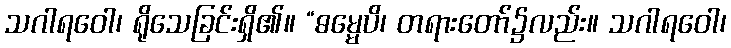
သဂါရဝေါ၊ ရိုသေခြင်းရှိ၏။ “ဓမ္မေပိ၊ တရားတော်၌လည်း။ သဂါရဝေါ၊